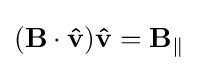
(\mathbf {B} \cdot \mathbf {\hat {v}} )\mathbf {\hat {v}} =\mathbf {B} _{\parallel }